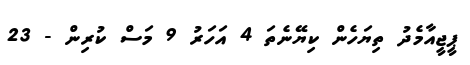
ޕީޖީއާމެދު ތިޔަހެން ކިޔޭނެތަ 4 އަހަރު 9 މަސް ކުރިން - 23